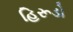
હિરૂડો